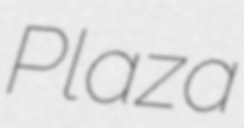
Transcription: Plaza